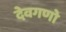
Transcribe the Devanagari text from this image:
देवगणो